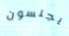
يجلسون